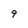
Character: 9